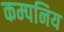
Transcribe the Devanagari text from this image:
कम्पनिय